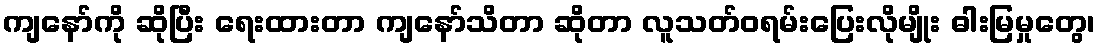
ကျနော်ကို ဆိုပြီး ရေးထားတာ ကျနော်သိတာ ဆိုတာ လူသတ်ဝရမ်းပြေးလိုမျိုး ဓါးမြမှုတွေ၊